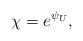
LaTeX: \begin{align*}\chi = e^{\psi_U},\end{align*}